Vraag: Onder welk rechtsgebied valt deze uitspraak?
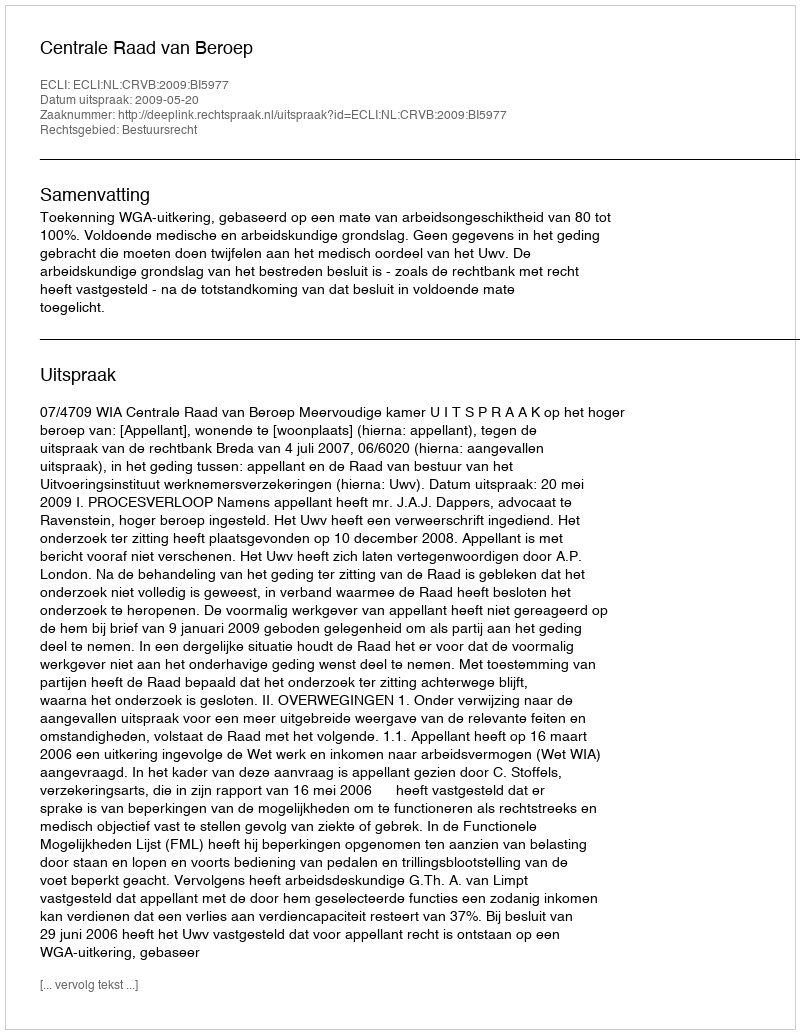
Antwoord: Bestuursrecht